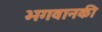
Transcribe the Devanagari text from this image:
भगवानकी